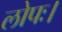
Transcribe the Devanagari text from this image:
लोपः।